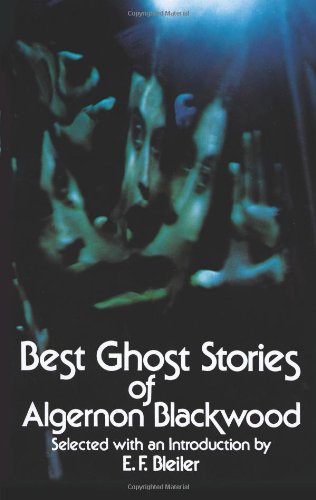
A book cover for Best Ghost Stories of Algernon Blackwood (Dover Mystery, Detective, & Other Fiction); Algernon Blackwood; Literature & Fiction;